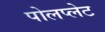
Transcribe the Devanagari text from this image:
पोलप्लेट